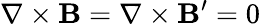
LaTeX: {\mathbf\nabla}\times{\mathbf B}={\mathbf\nabla}\times{\mathbf B^{\prime}}=0